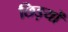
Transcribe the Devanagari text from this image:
छिड़यों